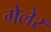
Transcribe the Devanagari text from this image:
गेलेर